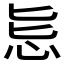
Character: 𱞄